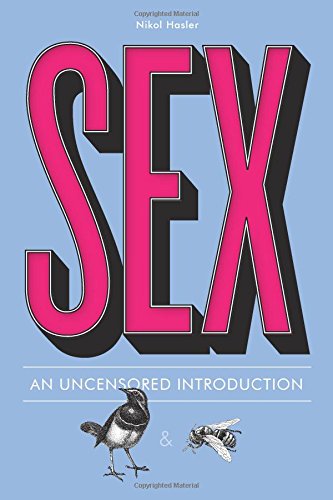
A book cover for Sex: An Uncensored Introduction; Nikol Hasler; Teen & Young Adult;